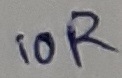
Text: 10R